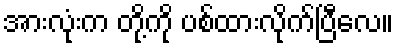
အားလုံးက တို့ကို ပစ်ထားလိုက်ပြီလေ။